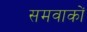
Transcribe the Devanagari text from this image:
समवाकों